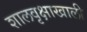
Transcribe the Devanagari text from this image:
शालवृक्षाखाली